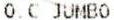
O.C JUMBO